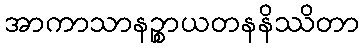
အာကာသာနဉ္စာယတနနိဿိတာ